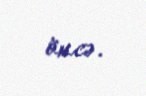
öncə.